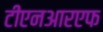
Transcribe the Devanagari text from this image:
टीएनआरएफ